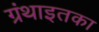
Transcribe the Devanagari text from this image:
ग्रंथाइतका